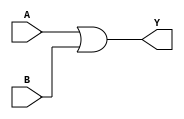
module OR2_1 (
	input A, B,
	output Y
);
	assign Y = A | B;
endmodule